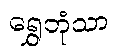
ရွှေဘုံသာ